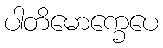
ပါတိမောက္ခေပေ